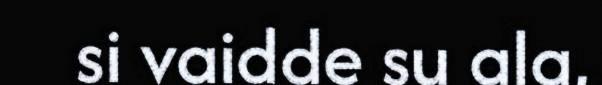
si vaidde su ala,